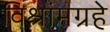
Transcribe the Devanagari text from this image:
विश्रांमग्रहे